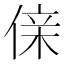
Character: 𠋆